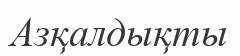
Азқалдықты